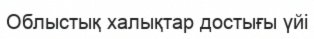
Облыстық халықтар достығы үйі